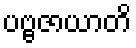
ပဗ္ဗဇာယာတိ